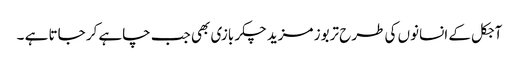
آجکل کے انسانوں کی طرح تربوز مزید چکر بازی بھی جب چاہے کر جاتا ہے ۔